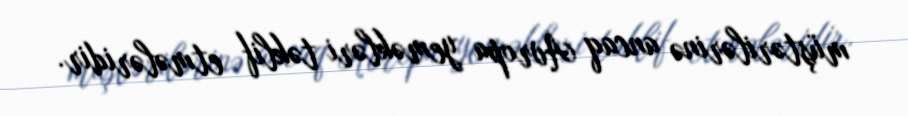
müştərilərinə ancaq Avropa yeməkləri təklif etmələridir.